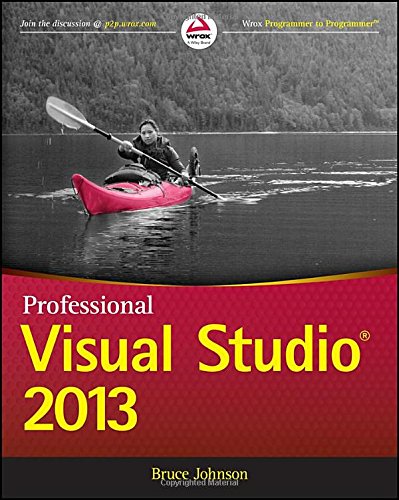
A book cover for Professional Visual Studio 2013 (Wrox Programmer to Programmer); Bruce Johnson; Computers & Technology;